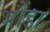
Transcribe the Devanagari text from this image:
भौंडा